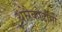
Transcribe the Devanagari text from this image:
थोरैकोटौमी